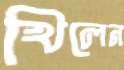
খিলেন